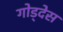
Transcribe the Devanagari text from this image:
गोड्देस